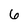
Character: 6